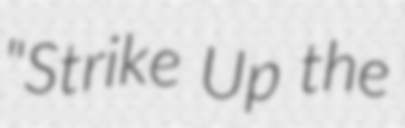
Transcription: "Strike Up the